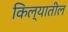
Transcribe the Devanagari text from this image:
किल्यातील